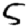
Digit: 5